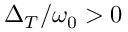
\Delta _ { T } / \omega _ { 0 } > 0